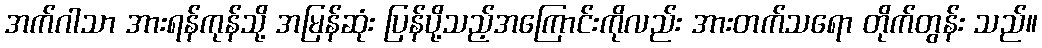
အက်ဂါသာ အားရန်ကုန်သို့ အမြန်ဆုံး ပြန်ပို့သည့်အကြောင်းကိုလည်း အားတက်သရော တိုက်တွန်း သည်။